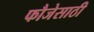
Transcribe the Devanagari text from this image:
फौजेसाठी